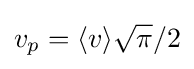
v_{p}=\langle v\rangle {\sqrt {\pi }}/2